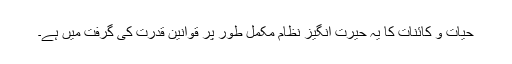
حیات و کائنات کا یہ حیرت انگیز نظام مکمل طور پر قوانین قدرت کی گرفت میں ہے۔